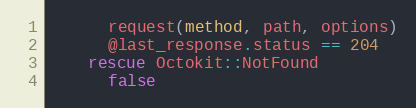
Language: Ruby
      request(method, path, options)
      @last_response.status == 204
    rescue Octokit::NotFound
      false